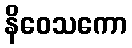
နိဝေသကော